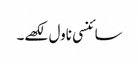
سائنسی ناول لکھے۔